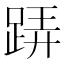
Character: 𨁦